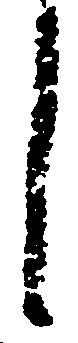
し